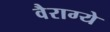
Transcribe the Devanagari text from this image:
वैराग्ये